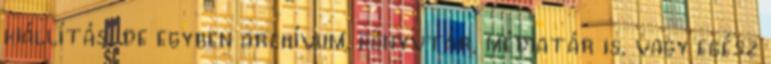
kiállítás, de egyben archívum, könyvtár, médiatár is, vagy egész